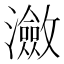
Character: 瀲